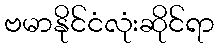
ဗမာနိုင်ငံလုံးဆိုင်ရာ